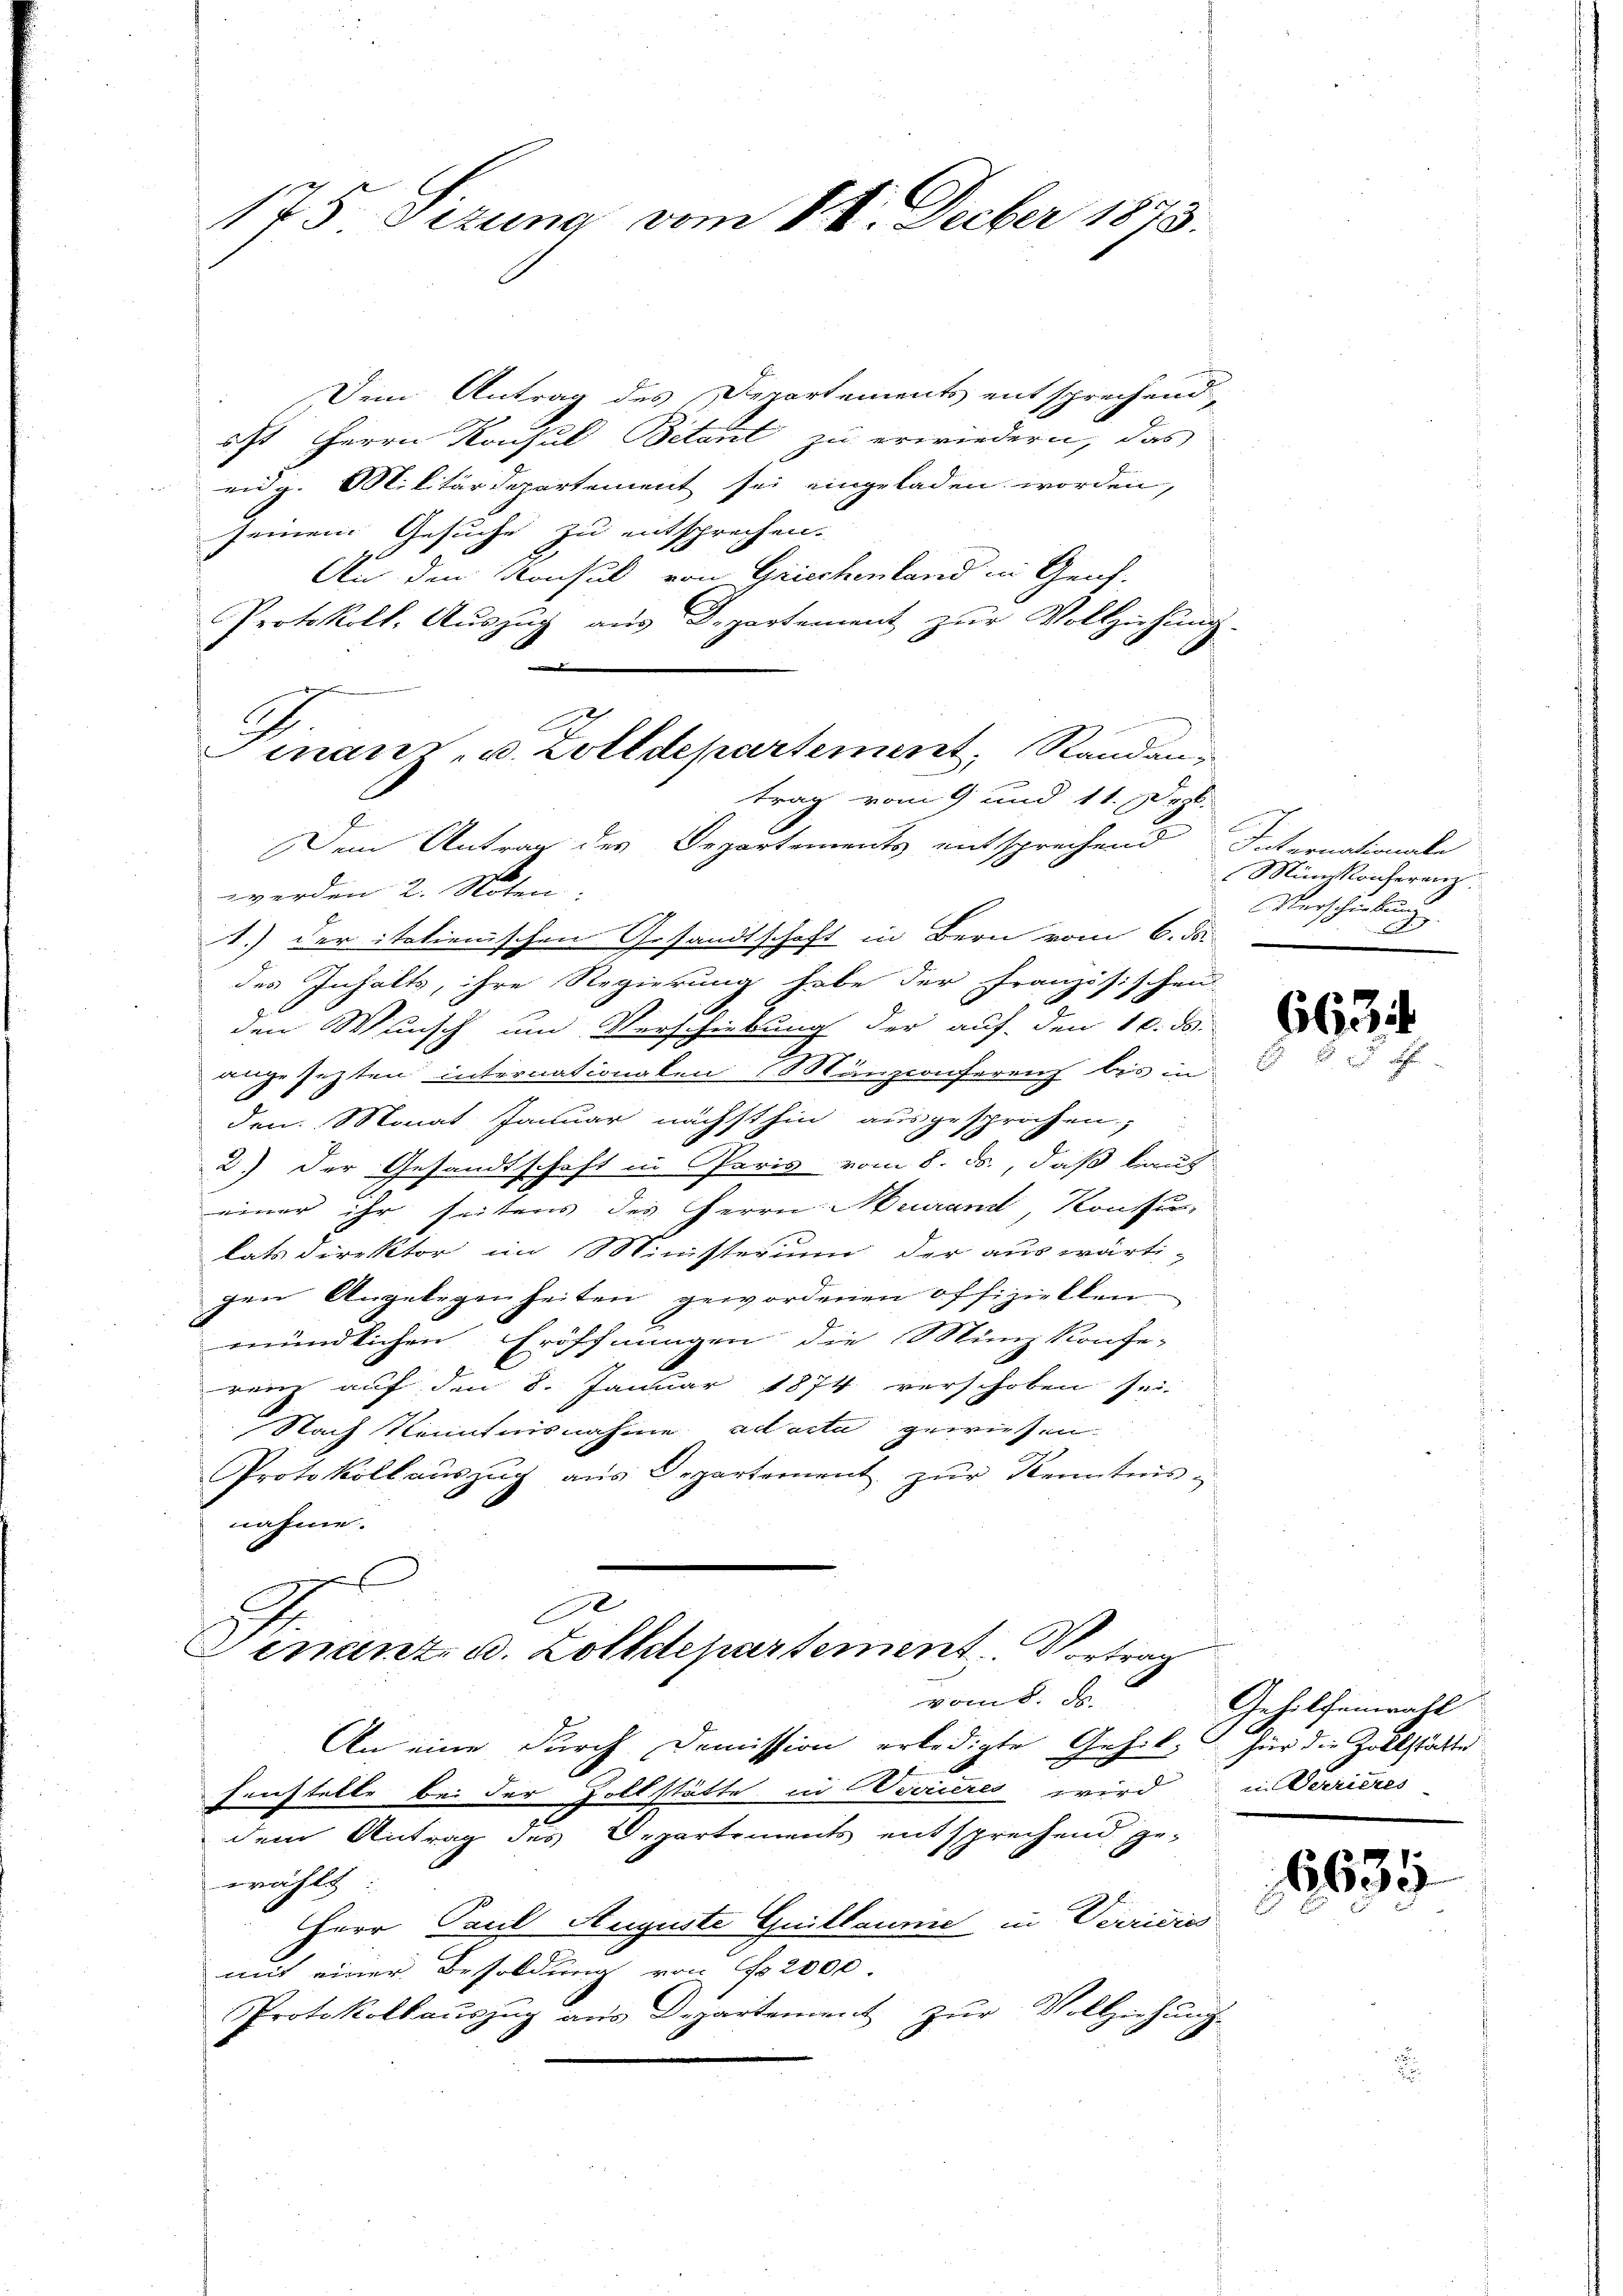
175 Sizung vom 18. Feber 1873.

Dem Antrag des Departements entsprechend,
st Herrn Konsul Bétant zu erwiedern, das
eidg. Militärdepartement sei eingeladen worden,
seinem Gesuche zu entsprechen.
An den Konsul von Griechenland in Genf.
Protokoll, Aŭszŭg aŭs Departement zŭr Vollziehung
Dem Antrag des Departements entsprechend
werden 2. Noten:
.) der italienischen Gesandtschaft in Bern vom 6. ds.
des Inhalts, ihre Regierung habe der Französischen
den Wunsch und Verschiebung der auf den 10. ds.
2
angesezten internationalen (Manzconferenz bis in
den. Monat Januar nächsthin ausgesprochen,
2.) Der Gesandtschaft in Paris vom 8. ds., daß laut
einer ihr seitens des Herrn Murand, Konsu
lats direktor im Ministerium der auswärti-
gen Angelegenheiten gewordenen offiziellen
mündlichen Eröffnungen die Münz Konfe-
renz auf den 8. Januar 1874 verschoben sei
Nach Kenntnisnahme ad acta gewiesen.
Protokollauszug aus Departement zŭr Kenntnis-
nahme.
e
Genant, u. Zolldepartement. Vortrag
vom 8. d.
An eine durch Demission erledigte Gehil¬
Fenstelle bei der Zollstätte in Verrieres wird
dem Antrag des Departements entsprechend gewählt
Herr Paul Auguste Guillaume in Verricies
mit einer Besoldung von No 2000
Protokollauszug aus Departement zur Vollziehung

mnanz, u. Zolldepartement, Randantrag vom 9 und 11. Dez.

Internationale
Miniskonferenz.
Verschiebung
x

6634

Gehilfenwahl
für die Zollstätte
in Serieres

1635